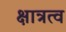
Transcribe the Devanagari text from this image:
क्षात्रत्व